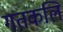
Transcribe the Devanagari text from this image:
गतकलि